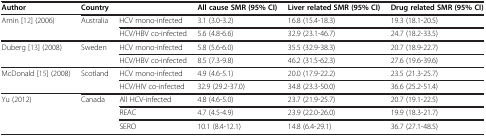
| Author | Country |  | All cause SMR (95% CI) | Liver related SMR (95% CI) | Drug related SMR (95% CI) |
 | --- | --- | --- | --- | --- | --- |
 | <ROWSPAN=2> Amin [12] (2006) | <ROWSPAN=2> Australia | HCV mono-infected | 3.1 (3.0-3.2) | 16.8 (15.4-18.3) | 19.3 (18.1-20.5) |
 | HCV/HBV co-infected | 5.6 (4.8-6.6) | 32.9 (23.1-46.7) | 24.7 (18.2-33.5) |
 | <ROWSPAN=2> Duberg [13] (2008) | <ROWSPAN=2> Sweden | HCV mono-infected | 5.8 (5.6-6.0) | 35.5 (32.9-38.3) | 20.7 (18.9-22.7) |
 | HCV/HBV co-infected | 8.5 (7.3-9.8) | 46.2 (31.5-62.3) | 27.6 (19.6-39.6) |
 | <ROWSPAN=2> McDonald [15] (2008) | <ROWSPAN=2> Scotland | HCV mono-infected | 4.9 (4.6-5.1) | 20.0 (17.9-22.2) | 23.5 (21.3-25.7) |
 | HCV/HIV co-infected | 32.9 (29.2-37.0) | 34.8 (23.3-50.0) | 36.6 (25.2-51.4) |
 | <ROWSPAN=3> Yu (2012) | <ROWSPAN=3> Canada | All HCV-infected | 4.8 (4.6-5.0) | 23.7 (21.9-25.7) | 20.7 (19.1-22.5) |
 | REAC | 4.7 (4.5-4.9) | 23.9 (22.0-26.0) | 19.9 (18.3-21.7) |
 | SERO | 10.1 (8.4-12.1) | 14.8 (6.4-29.1) | 36.7 (27.1-48.5) |